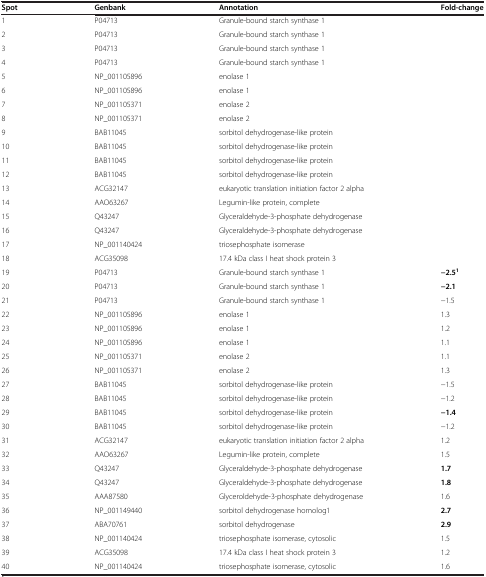
<table><thead><tr><td><b>Spot</b></td><td><b>Genbank</b></td><td><b>Annotation</b></td><td><b>Fold-change</b></td></tr></thead><tbody><tr><td>1</td><td>P04713</td><td>Granule-bound starch synthase 1</td><td> </td></tr><tr><td>2</td><td>P04713</td><td>Granule-bound starch synthase 1</td><td> </td></tr><tr><td>3</td><td>P04713</td><td>Granule-bound starch synthase 1</td><td> </td></tr><tr><td>4</td><td>P04713</td><td>Granule-bound starch synthase 1</td><td> </td></tr><tr><td>5</td><td>NP_001105896</td><td>enolase 1</td><td> </td></tr><tr><td>6</td><td>NP_001105896</td><td>enolase 1</td><td> </td></tr><tr><td>7</td><td>NP_001105371</td><td>enolase 2</td><td> </td></tr><tr><td>8</td><td>NP_001105371</td><td>enolase 2</td><td> </td></tr><tr><td>9</td><td>BAB11045</td><td>sorbitol dehydrogenase-like protein</td><td> </td></tr><tr><td>10</td><td>BAB11045</td><td>sorbitol dehydrogenase-like protein</td><td> </td></tr><tr><td>11</td><td>BAB11045</td><td>sorbitol dehydrogenase-like protein</td><td> </td></tr><tr><td>12</td><td>BAB11045</td><td>sorbitol dehydrogenase-like protein</td><td> </td></tr><tr><td>13</td><td>ACG32147</td><td>eukaryotic translation initiation factor 2 alpha</td><td> </td></tr><tr><td>14</td><td>AAO63267</td><td>Legumin-like protein, complete</td><td> </td></tr><tr><td>15</td><td>Q43247</td><td>Glyceraldehyde-3-phosphate dehydrogenase</td><td> </td></tr><tr><td>16</td><td>Q43247</td><td>Glyceraldehyde-3-phosphate dehydrogenase</td><td> </td></tr><tr><td>17</td><td>NP_001140424</td><td>triosephosphate isomerase</td><td> </td></tr><tr><td>18</td><td>ACG35098</td><td>17.4 kDa class I heat shock protein 3</td><td> </td></tr><tr><td>19</td><td>P04713</td><td>Granule-bound starch synthase 1</td><td><b>−2.5</b><sup><b>1</b></sup></td></tr><tr><td>20</td><td>P04713</td><td>Granule-bound starch synthase 1</td><td><b>−2.1</b></td></tr><tr><td>21</td><td>P04713</td><td>Granule-bound starch synthase 1</td><td>−1.5</td></tr><tr><td>22</td><td>NP_001105896</td><td>enolase 1</td><td>1.3</td></tr><tr><td>23</td><td>NP_001105896</td><td>enolase 1</td><td>1.2</td></tr><tr><td>24</td><td>NP_001105896</td><td>enolase 1</td><td>1.1</td></tr><tr><td>25</td><td>NP_001105371</td><td>enolase 2</td><td>1.1</td></tr><tr><td>26</td><td>NP_001105371</td><td>enolase 2</td><td>1.3</td></tr><tr><td>27</td><td>BAB11045</td><td>sorbitol dehydrogenase-like protein</td><td>−1.5</td></tr><tr><td>28</td><td>BAB11045</td><td>sorbitol dehydrogenase-like protein</td><td>−1.2</td></tr><tr><td>29</td><td>BAB11045</td><td>sorbitol dehydrogenase-like protein</td><td><b>−1.4</b></td></tr><tr><td>30</td><td>BAB11045</td><td>sorbitol dehydrogenase-like protein</td><td>−1.2</td></tr><tr><td>31</td><td>ACG32147</td><td>eukaryotic translation initiation factor 2 alpha</td><td>1.2</td></tr><tr><td>32</td><td>AAO63267</td><td>Legumin-like protein, complete</td><td>1.5</td></tr><tr><td>33</td><td>Q43247</td><td>Glyceraldehyde-3-phosphate dehydrogenase</td><td><b>1.7</b></td></tr><tr><td>34</td><td>Q43247</td><td>Glyceraldehyde-3-phosphate dehydrogenase</td><td><b>1.8</b></td></tr><tr><td>35</td><td>AAA87580</td><td>Glyceroldehyde-3-phosphate dehydrogenase</td><td>1.6</td></tr><tr><td>36</td><td>NP_001149440</td><td>sorbitol dehydrogenase homolog1</td><td><b>2.7</b></td></tr><tr><td>37</td><td>ABA70761</td><td>sorbitol dehydrogenase</td><td><b>2.9</b></td></tr><tr><td>38</td><td>NP_001140424</td><td>triosephosphate isomerase, cytosolic</td><td>1.5</td></tr><tr><td>39</td><td>ACG35098</td><td>17.4 kDa class I heat shock protein 3</td><td>1.2</td></tr><tr><td>40</td><td>NP_001140424</td><td>triosephosphate isomerase, cytosolic</td><td>1.6</td></tr></tbody></table>